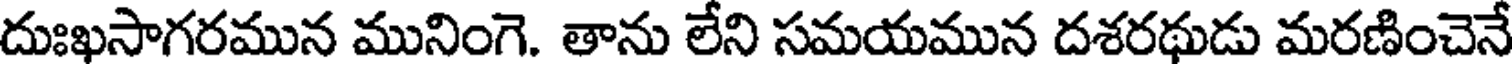
దుఃఖసాగరమున మునింగె. తాను లేని సమయమున దశరథుడు మరణించెనే